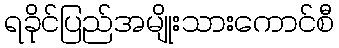
ရခိုင်ပြည်အမျိုးသားကောင်စီ